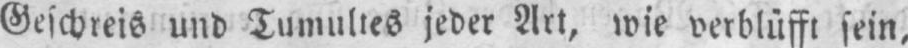
Geschreis und Tumultes jeder Art, wie verblüfft sein,